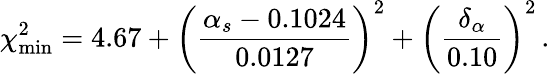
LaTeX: \chi_{\mathrm{min}}^{2}=4.67+\biggl(\frac{\alpha_{s}-0.1024}{0.0127}\biggr)^{2}+\biggl(\frac{\delta_{\alpha}}{0.10}\biggr)^{2}\, .